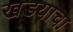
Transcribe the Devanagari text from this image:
खडयाचा